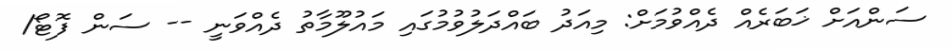
ސަންއަށް ޚަބަރެއް ދެއްވުމަށް: މިއަދު ބައްދަލުވުމުގައި މައުލޫމާތު ދެއްވަނީ -- ސަން ފޮޓޯ/